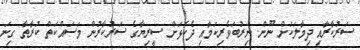
ސަރުކާރާއި ދިމާލަކަށް ނޫން. ނިރުބަވެރިކަމާއި ދެކޮޅަށް ސީރިޔާގެ ސަރުކާރުން މަސައްކަތް ކުރާތާ ގިނަ